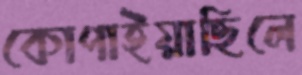
কোপাইয়াছিলে